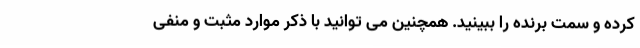
کرده و سمت برنده را ببینید. همچنین می توانید با ذکر موارد مثبت و منفی